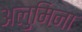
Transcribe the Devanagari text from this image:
अलुमिना